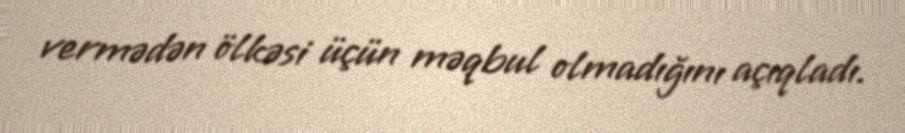
vermədən ölkəsi üçün məqbul olmadığını açıqladı.